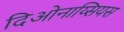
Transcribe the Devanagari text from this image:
दिओनाय्सियस